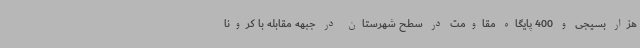
هزار بسیجی و 400 پایگاه مقاومت در سطح شهرستان در جبهه مقابله با کرونا